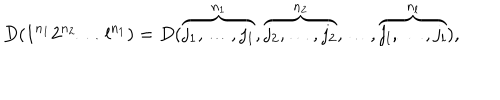
D ( 1 ^ { n _ { 1 } } 2 ^ { n _ { 2 } } \ldots l ^ { n _ { 1 } } ) = D ( \overbrace { j _ { 1 } , \ldots , j _ { 1 } } ^ { n _ { 1 } } , \overbrace { j _ { 2 } , \ldots , j _ { 2 } } ^ { n _ { 2 } } , \ldots , \overbrace { j _ { l } , \ldots , j _ { l } } ^ { n _ { l } } ) ,